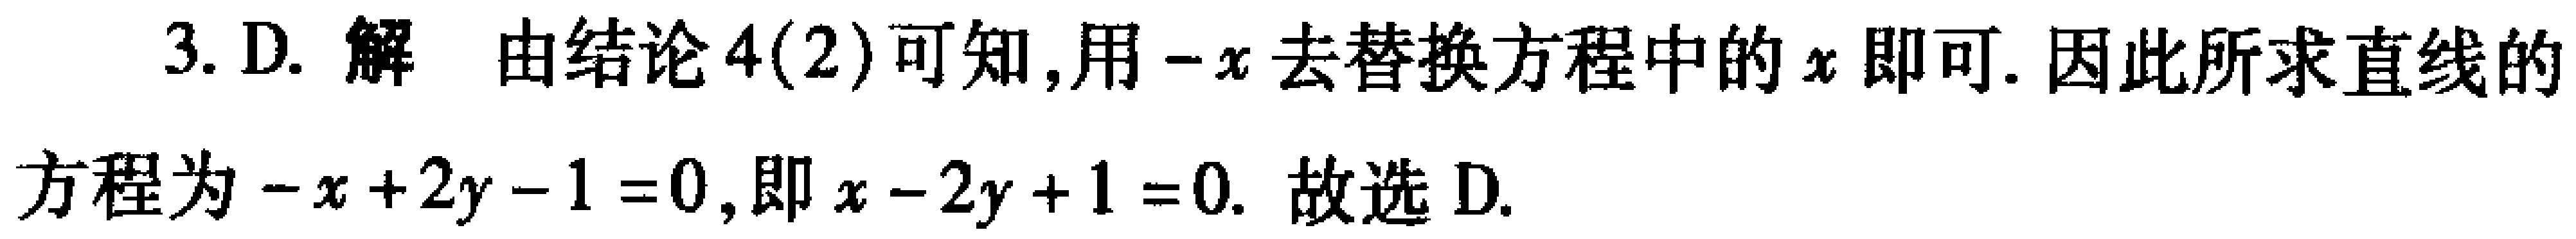
3. D. 解 由结论4(2)可知,用\(-x\)去替换方程中的\(x\)即可. 因此所求直线的方程为\(-x + 2y - 1 = 0\),即\(x - 2y + 1 = 0\). 故选D.